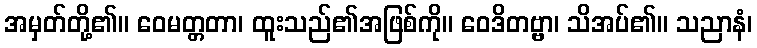
အမှတ်တို့၏။ ဝေမတ္တတာ၊ ထူးသည်၏အဖြစ်ကို။ ဝေဒိတဗ္ဗာ၊ သိအပ်၏။ သညာနံ၊